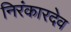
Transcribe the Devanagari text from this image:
निरंकारदेव